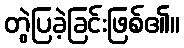
တွဲပြခဲ့ခြင်းဖြစ်၏။